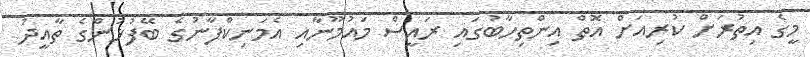
މީގެ އިތުރަށް ކުރިއަށް އޮތް އިންތިހާބުގައި ރައީސް މައުމޫނާއި އެމަނިކްފާނުގެ ބޭފުޅުންގެ ތާއީދު